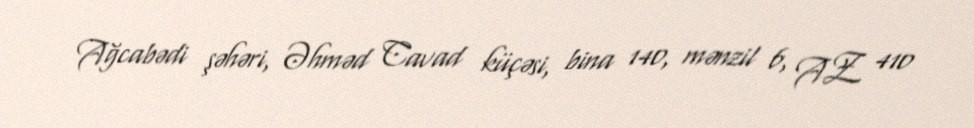
Ağcabədi şəhəri, Əhməd Cavad küçəsi, bina 140, mənzil 6, AZ 410